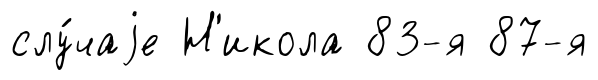
слу́чаjе Н'икола 83-я 87-я